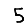
Digit: 5